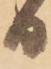
日